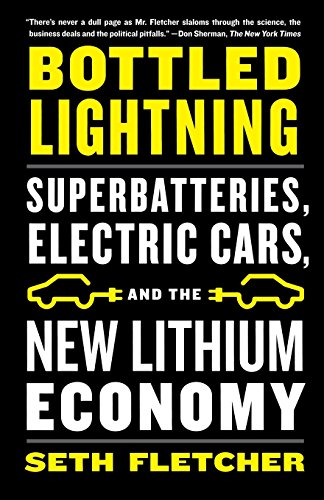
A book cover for Bottled Lightning: Superbatteries, Electric Cars, and the New Lithium Economy; Seth Fletcher; Business & Money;